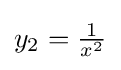
{\textstyle y_{2}={\frac {1}{x^{2}}}}